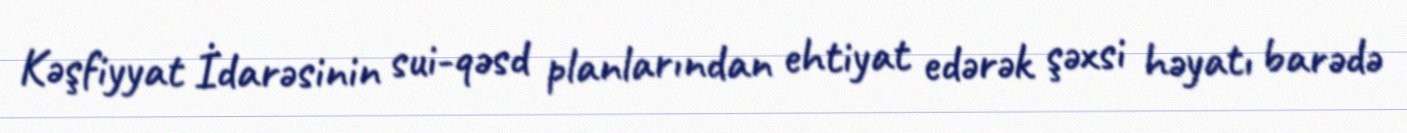
Kəşfiyyat İdarəsinin sui-qəsd planlarından ehtiyat edərək şəxsi həyatı barədə